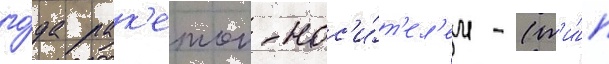
го́да рак'етои-нос'и́т'ел'ем - (т'и́п